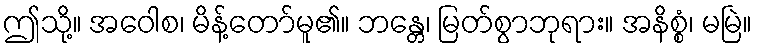
ဤသို့။ အဝေါစ၊ မိန့်တော်မူ၏။ ဘန္တေ၊ မြတ်စွာဘုရား။ အနိစ္စံ၊ မမြဲ။